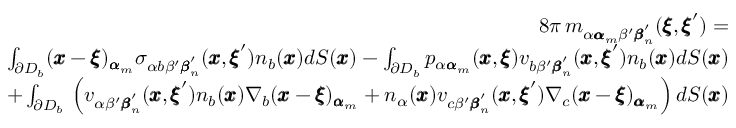
\begin{array} { r l r } & { } & { 8 \pi \, m _ { \alpha { \pmb \alpha } _ { m } \beta ^ { \prime } { \pmb \beta } _ { n } ^ { \prime } } ( { \pmb \xi } , { \pmb \xi } ^ { \prime } ) = } \\ & { } & { \int _ { \partial D _ { b } } ( { \pmb x } - { \pmb \xi } ) _ { { \pmb \alpha } _ { m } } \sigma _ { \alpha b \beta ^ { \prime } { \pmb \beta } _ { n } ^ { \prime } } ( { \pmb x } , { \pmb \xi } ^ { \prime } ) n _ { b } ( { \pmb x } ) d S ( { \pmb x } ) - \int _ { \partial D _ { b } } p _ { \alpha { \pmb \alpha } _ { m } } ( { \pmb x } , { \pmb \xi } ) v _ { b \beta ^ { \prime } { \pmb \beta } _ { n } ^ { \prime } } ( { \pmb x } , { \pmb \xi } ^ { \prime } ) n _ { b } ( { \pmb x } ) d S ( { \pmb x } ) } \\ & { } & { + \int _ { \partial D _ { b } } \, \left( v _ { \alpha \beta ^ { \prime } { \pmb \beta } _ { n } ^ { \prime } } ( { \pmb x } , { \pmb \xi } ^ { \prime } ) n _ { b } ( { \pmb x } ) \nabla _ { b } ( { \pmb x } - { \pmb \xi } ) _ { { \pmb \alpha } _ { m } } + n _ { \alpha } ( { \pmb x } ) v _ { c \beta ^ { \prime } { \pmb \beta } _ { n } ^ { \prime } } ( { \pmb x } , { \pmb \xi } ^ { \prime } ) \nabla _ { c } ( { \pmb x } - { \pmb \xi } ) _ { { \pmb \alpha } _ { m } } \right) d S ( { \pmb x } ) } \end{array}